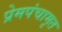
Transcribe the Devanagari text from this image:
प्रेमपंचामृत